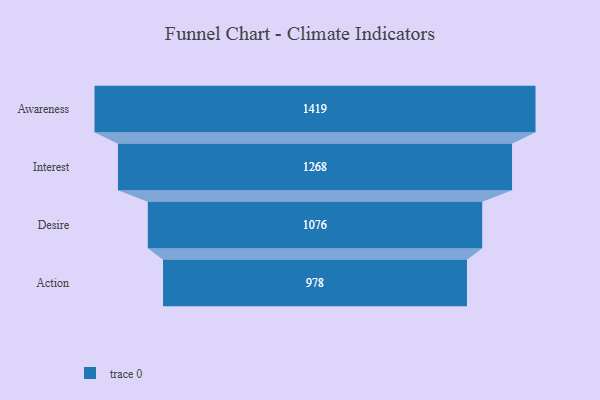
{"axis": {"x": "Stage", "y": "Value"}, "legend": [""], "data": [{"x": "Awareness", "y": 1419.0, "type": ""}, {"x": "Interest", "y": 1268.0, "type": ""}, {"x": "Desire", "y": 1076.0, "type": ""}, {"x": "Action", "y": 978.0, "type": ""}]}